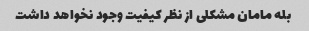
بله مامان مشکلی از نظر کیفیت وجود نخواهد داشت